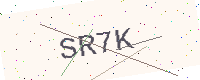
Text: SR7K